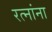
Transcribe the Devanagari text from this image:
रत्‍नांना